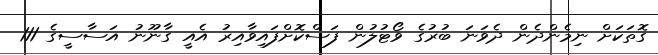
ގޮތަކަށް ނިމެންދެން ދެވަނަ ބުރުގެ ވޯޓުލުން ފަސްކޮށްފައިވާއިރު އެއީ ގާނޫނު އަސާސީގެ 111